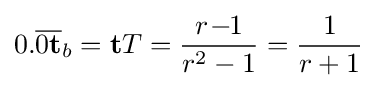
0.{\overline {0\mathbf {t} }}_{b}=\mathbf {t} T={\frac {r\!-\!\!1}{r^{2}-1}}={\frac {1}{r+1}}